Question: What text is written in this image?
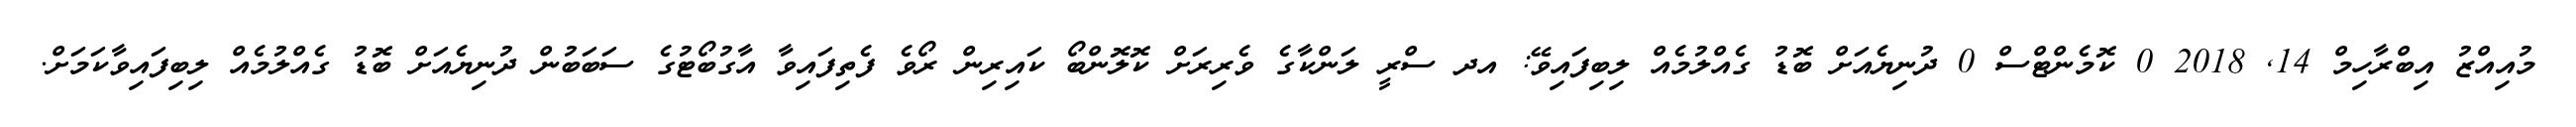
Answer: މުއިއްޒު އިބްރާހިމް 14, 2018 0 ކޮމެންޓްސް 0 ދުނިޔެއަށް ބޮޑު ގެއްލުމެއް ލިބިފައިވޭ: އދ ސްރީ ލަންކާގެ ވެރިރަށް ކޮލޮންބޯ ކައިރިން ރޯވެ ފެތިފައިވާ އާގުބޯޓުގެ ސަބަބުން ދުނިޔެއަށް ބޮޑު ގެއްލުމެއް ލިބިފައިވާކަމަށް.